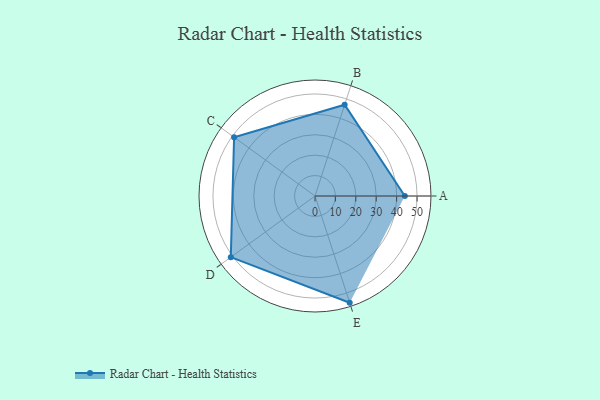
{"axis": {"x": "Skill", "y": "Score"}, "legend": ["Profile"], "data": [{"x": "A", "y": 44.0, "type": "Profile"}, {"x": "B", "y": 47.0, "type": "Profile"}, {"x": "C", "y": 49.0, "type": "Profile"}, {"x": "D", "y": 51.0, "type": "Profile"}, {"x": "E", "y": 55.0, "type": "Profile"}]}